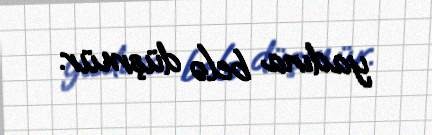
yadına belə düşmür.